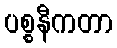
ပစ္စနီကတာ